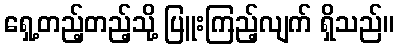
ရှေ့တည့်တည့်သို့ ပြူးကြည့်လျက် ရှိသည်။